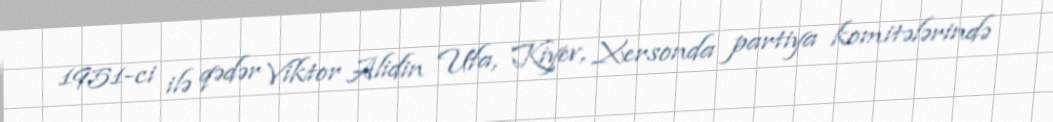
1951-ci ilə qədər Viktor Alidin Ufa, Kiyev, Xersonda partiya komitələrində